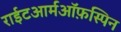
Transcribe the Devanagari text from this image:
राईटआर्मऑफ़स्पिन